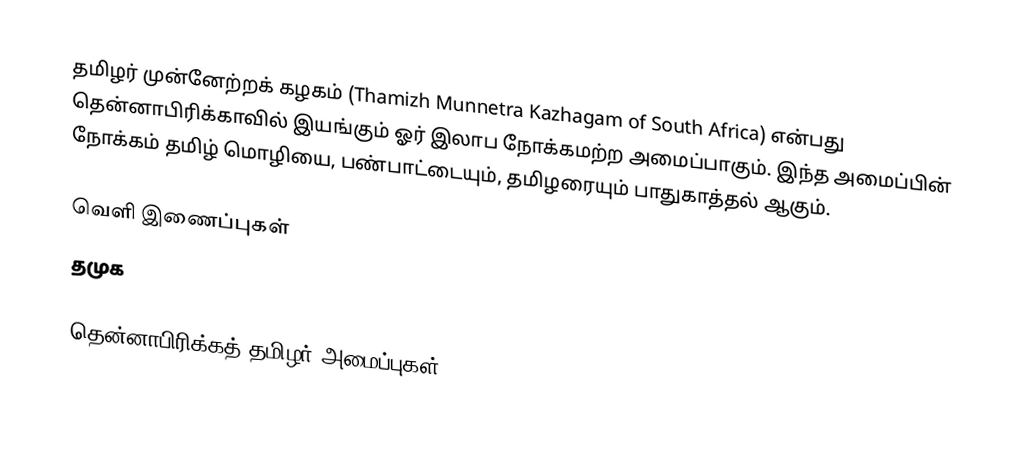
தமிழர் முன்னேற்றக் கழகம் (Thamizh Munnetra Kazhagam of South Africa) என்பது தென்னாபிரிக்காவில் இயங்கும் ஓர் இலாப நோக்கமற்ற அமைப்பாகும்.  இந்த அமைப்பின் நோக்கம் தமிழ் மொழியை, பண்பாட்டையும், தமிழரையும் பாதுகாத்தல் ஆகும்.

வெளி இணைப்புகள்
 தமுக

தென்னாபிரிக்கத் தமிழர் அமைப்புகள்